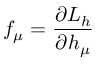
f _ { \mu } = \frac { \partial L _ { h } } { \partial h _ { \mu } }